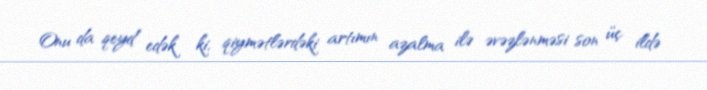
Onu da qeyd edək ki, qiymətlərdəki artımın azalma ilə əvəzlənməsi son üç ildə